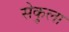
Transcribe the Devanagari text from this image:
सेकुला